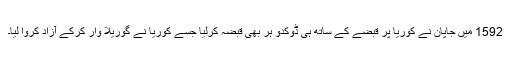
1592 میں جاپان نے کوریا پر قبضے کے ساتھ ہی ڈوکدو ہر بھی قبضہ کرلیا جسے کوریا نے گوریلا وار کرکے آزاد کروا لیا۔